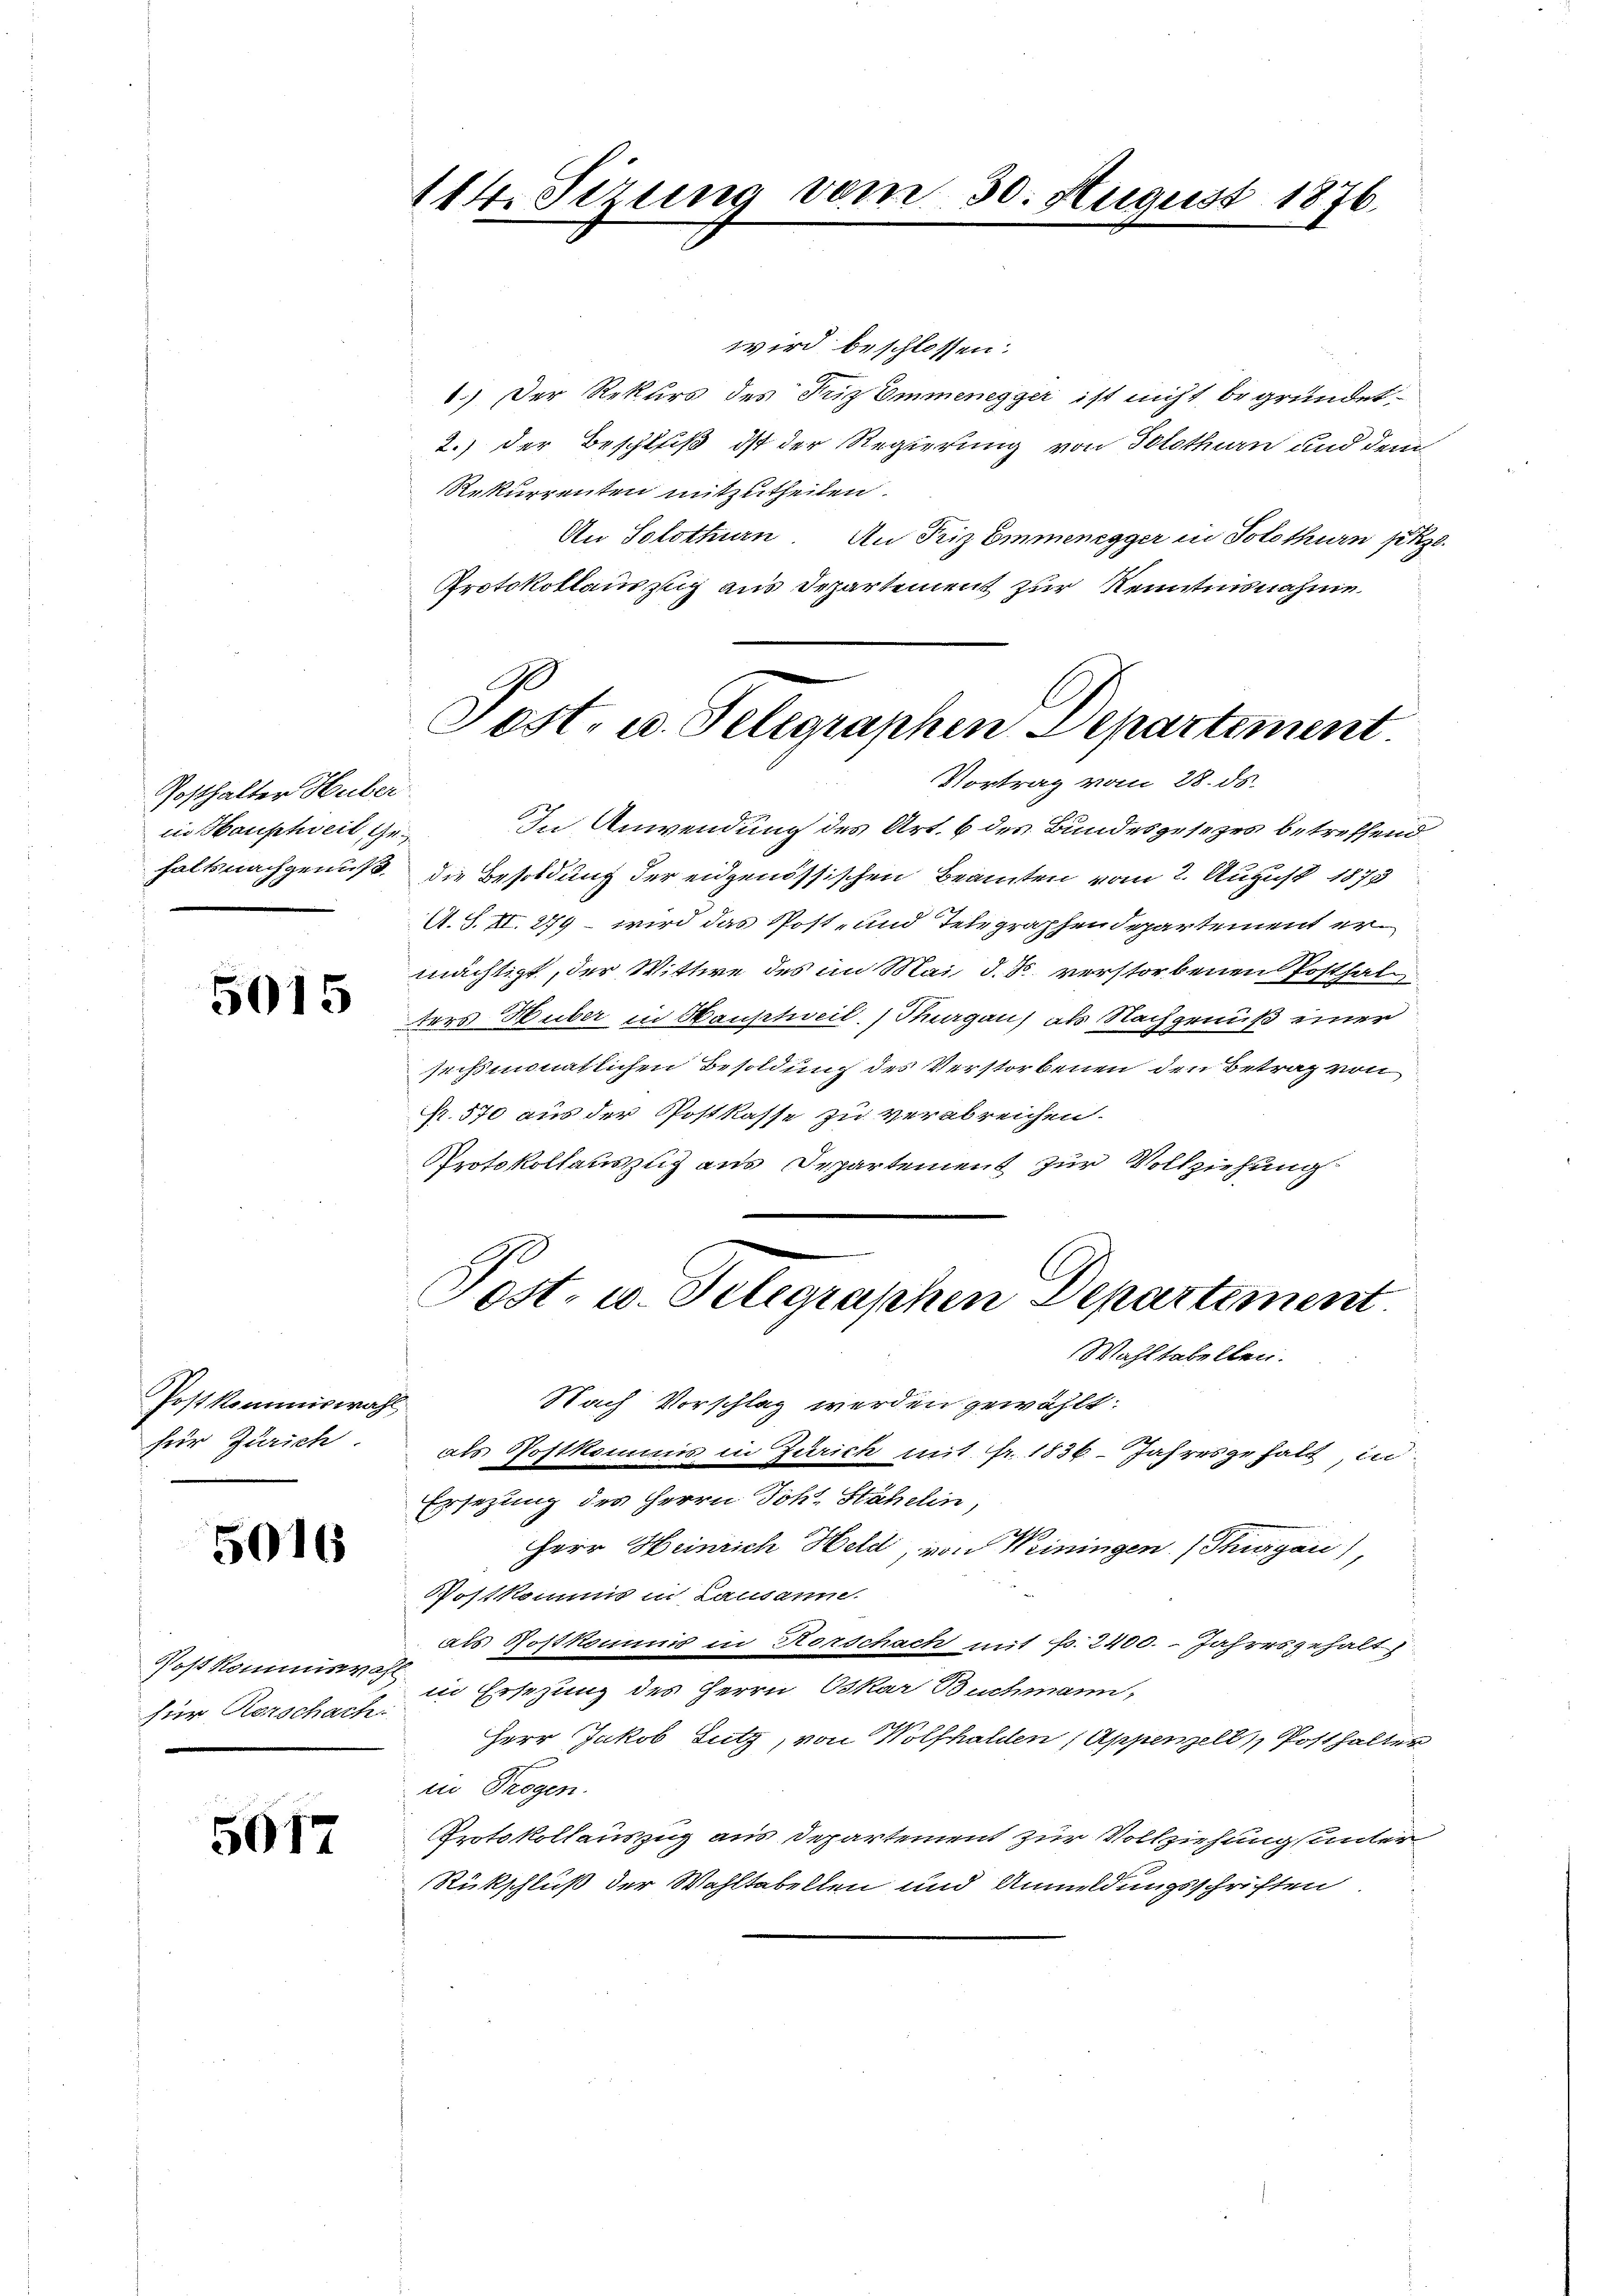
Gosthalter Huber
in Haushweil Ge

5015

Post kommiswahl
für Zürich

5016

Post kommiswahl
für Rorschach:

5017

wird beschlossen:
1.) Der Rekurs des Friz Emmenegger ist nicht begründet.
2.) der Beschluß ist der Regierung von Solothurn und dem
Rekurrenten mitzutheilen.
An Solothurn. An Friz Emmenegger in Solothurn pkze
Protokollauszug aus Departement zur Kenntnisnahme

114. Sizung vom 30. August 1876.

Post- u. Telegraphen Departement.
Vortrag vom 28. ds.

In Anwendung des Art. 6 des Bundesgesezes betreffend
haltsnachgenuß, die Besoldung der eidgenössischen Beamten vom 2. August 1873
A. S. II. 279 wird das Post- und Telegraphendepartement er
mächtigt, der Wittwe des im Mai d. d. verstorbenen Posthalters Huber in Hauptweil. Sargau) als Nachgenuß einer
seißmonatlichen Besoldung des Verstorbenen den Betrag von
R. 570 aus der Postkasse zu verabreichen.
Protokollauszug aus Departement zur Vollziehung

Post- u. Telegraphen Departement
Wahltabellen.

Nach Vorschlag werden gewählt:
als Postkommnis in Zürich mit fr. 1836. Jahresgehalt, in
Ersezung des Herrn Johs. Stähelin,
Herr Heinrich Held, von Weiningen (Thurgau),
Postkomms in Lausanne.
als Rostkouums in Horschach mit f. 2400. - Jahresgehalt
in Ersezung des Herrn Oskar Buchmann,
Herr Jakob Sutz, von Wolfhalden (Appenzell Posthalter
in Trogen.
Protokollauszug aus Departement zur Vollziehung (unter
Rückschluß der Wahltabellen und Annuldungsschriften